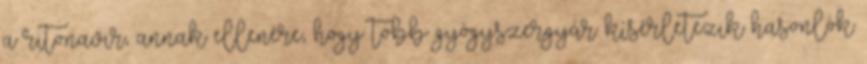
a ritonavir, annak ellenére, hogy több gyógyszergyár kísérletezik hasonlók